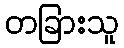
တခြားသူ